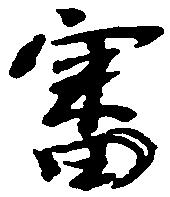
審